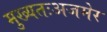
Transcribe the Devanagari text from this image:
मुख्यतःअजमेर